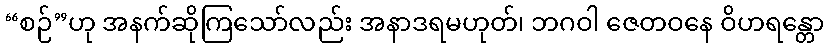
“စဉ်”ဟု အနက်ဆိုကြသော်လည်း အနာဒရမဟုတ်၊ ဘဂဝါ ဇေတဝနေ ဝိဟရန္တော